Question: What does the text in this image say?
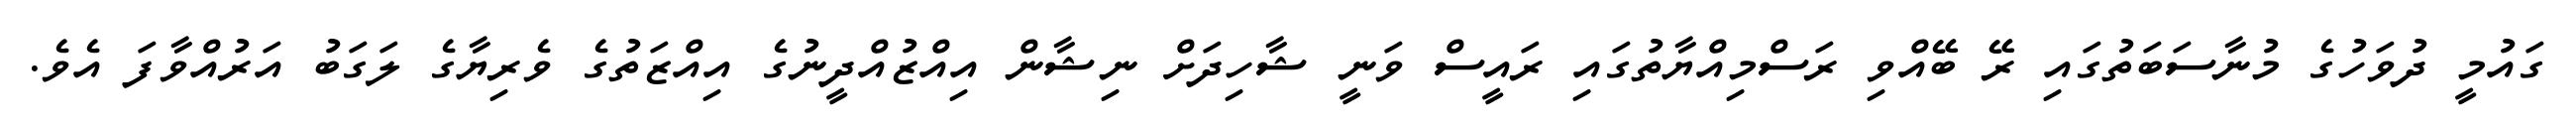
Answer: ގައުމީ ދުވަހުގެ މުނާސަބަތުގައި ރޭ ބޭއްވި ރަސްމިއްޔާތުގައި ރައީސް ވަނީ ޝާހިދަށް ނިޝާން އިއްޒުއްދީނުގެ އިއްޒަތުގެ ވެރިޔާގެ ލަގަބު އަރުއްވާފަ އެވެ.